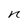
Character: n